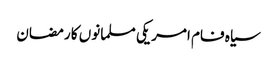
سیاہ فام امریکی مسلمانوں کا رمضان